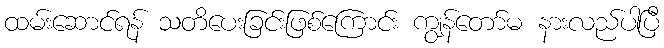
ထမ်းဆောင်ရန် သတိပေးခြင်းဖြစ်ကြောင်း ကျွန်တော်မ နားလည်ပါပြီ